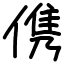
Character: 㑺